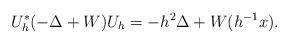
LaTeX: \begin{align*} U_h^*(-\Delta + W) U_h = -h^2 \Delta + W(h^{-1}x) .\end{align*}